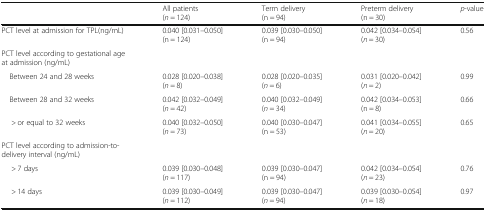
|  | All patients(n = 124) | Term delivery (n = 94) | Preterm delivery (n = 30) | p-value |
 | --- | --- | --- | --- | --- |
 | PCT level at admission for TPL(ng/mL) | 0.040 [0.031–0.050](n = 124) | 0.039 [0.030–0.050](n = 94) | 0.042 [0.034–0.054](n = 30) | 0.56 |
 | <COLSPAN=5> PCT level according to gestational age at admission (ng/mL) |
 | Between 24 and 28 weeks | 0.028 [0.020–0.038](n = 8) | 0.028 [0.020–0.035](n = 6) | 0.031 [0.020–0.042](n = 2) | 0.99 |
 | Between 28 and 32 weeks | 0.042 [0.032–0.049](n = 42) | 0.040 [0.032–0.049](n = 34) | 0.042 [0.034–0.053](n = 8) | 0.66 |
 | > or equal to 32 weeks | 0.040 [0.032–0.050](n = 73) | 0.040 [0.030–0.047](n = 53) | 0.041 [0.034–0.055](n = 20) | 0.65 |
 | <COLSPAN=5> PCT level according to admission-to-delivery interval (ng/mL) |
 | > 7 days | 0.039 [0.030–0.048](n = 117) | 0.039 [0.030–0.047](n = 94) | 0.042 [0.034–0.054](n = 23) | 0.76 |
 | > 14 days | 0.039 [0.030–0.049](n = 112) | 0.039 [0.030–0.047](n = 94) | 0.039 [0.030–0.054](n = 18) | 0.97 |